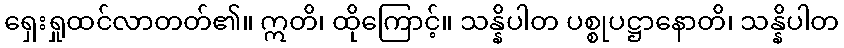
ရှေးရှုထင်လာတတ်၏။ ဣတိ၊ ထိုကြောင့်။ သန္နိပါတ ပစ္စုပဋ္ဌာနောတိ၊ သန္နိပါတ